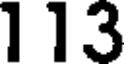
113